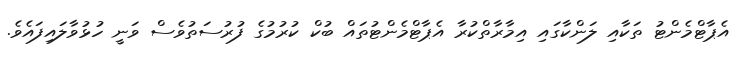
އެޕާޓްމެންޓު ތަކާއި ލަންކާގައި އިމާރާތްކުރާ އެޕާޓްމެންޓުތައް ބުކް ކުރުމުގެ ފުރުސަތުވެސް ވަނީ ހުޅުވާލައިފައެވެ.